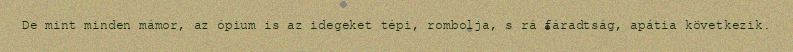
De mint minden mámor, az ópium is az idegeket tépi, rombolja, s rá fáradtság, apátia következik.